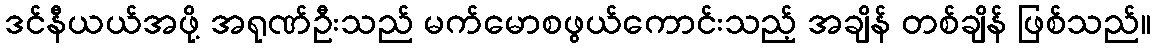
ဒင်နီယယ်အဖို့ အရုဏ်ဦးသည် မက်မောစဖွယ်ကောင်းသည့် အချိန် တစ်ချိန် ဖြစ်သည်။